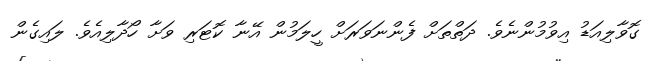
ގޮވާލިއަޑު އިވުމުންނެވެ. ދަތްތަށް ފެންނަވަރަށް ހީލަމުން އޭނާ ކޮޓަރި ވަށާ ހޯދާލިއެވެ. ލައިގެން